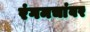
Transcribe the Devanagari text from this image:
रंगमचांवर